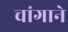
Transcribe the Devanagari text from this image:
चांगाने